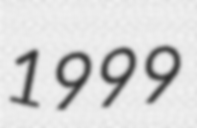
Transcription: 1999